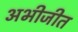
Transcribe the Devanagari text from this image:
अभीजीत